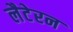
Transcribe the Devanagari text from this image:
लैटेरन